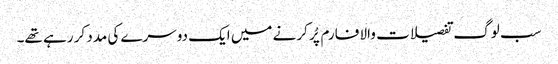
سب لوگ تفصیلات والا فارم پُر کرنے میں ایک دوسرے کی مدد کر رہے تھے۔